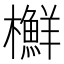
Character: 𣟲